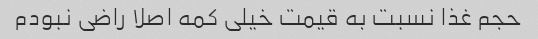
حجم غذا نسبت به قیمت خیلی کمه اصلا راضی نبودم